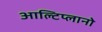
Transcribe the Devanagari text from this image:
आल्टिप्लानो